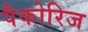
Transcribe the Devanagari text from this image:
पैकोरिज